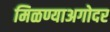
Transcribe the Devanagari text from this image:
मिळण्याअगोदर